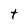
Character: t